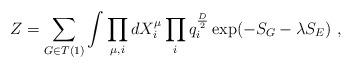
LaTeX: \begin{align*}Z = \sum_{G \in T(1)} \int\prod_{\mu,i}dX^{\mu}_{i}\prod_{i}q_i^{\frac{D}{2}} \exp( -S_{G} - \lambda S_E)\ ,\end{align*}